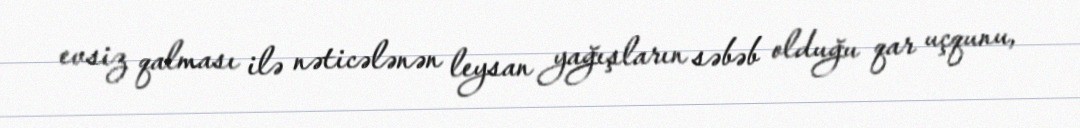
evsiz qalması ilə nəticələnən leysan yağışların səbəb olduğu qar uçqunu,